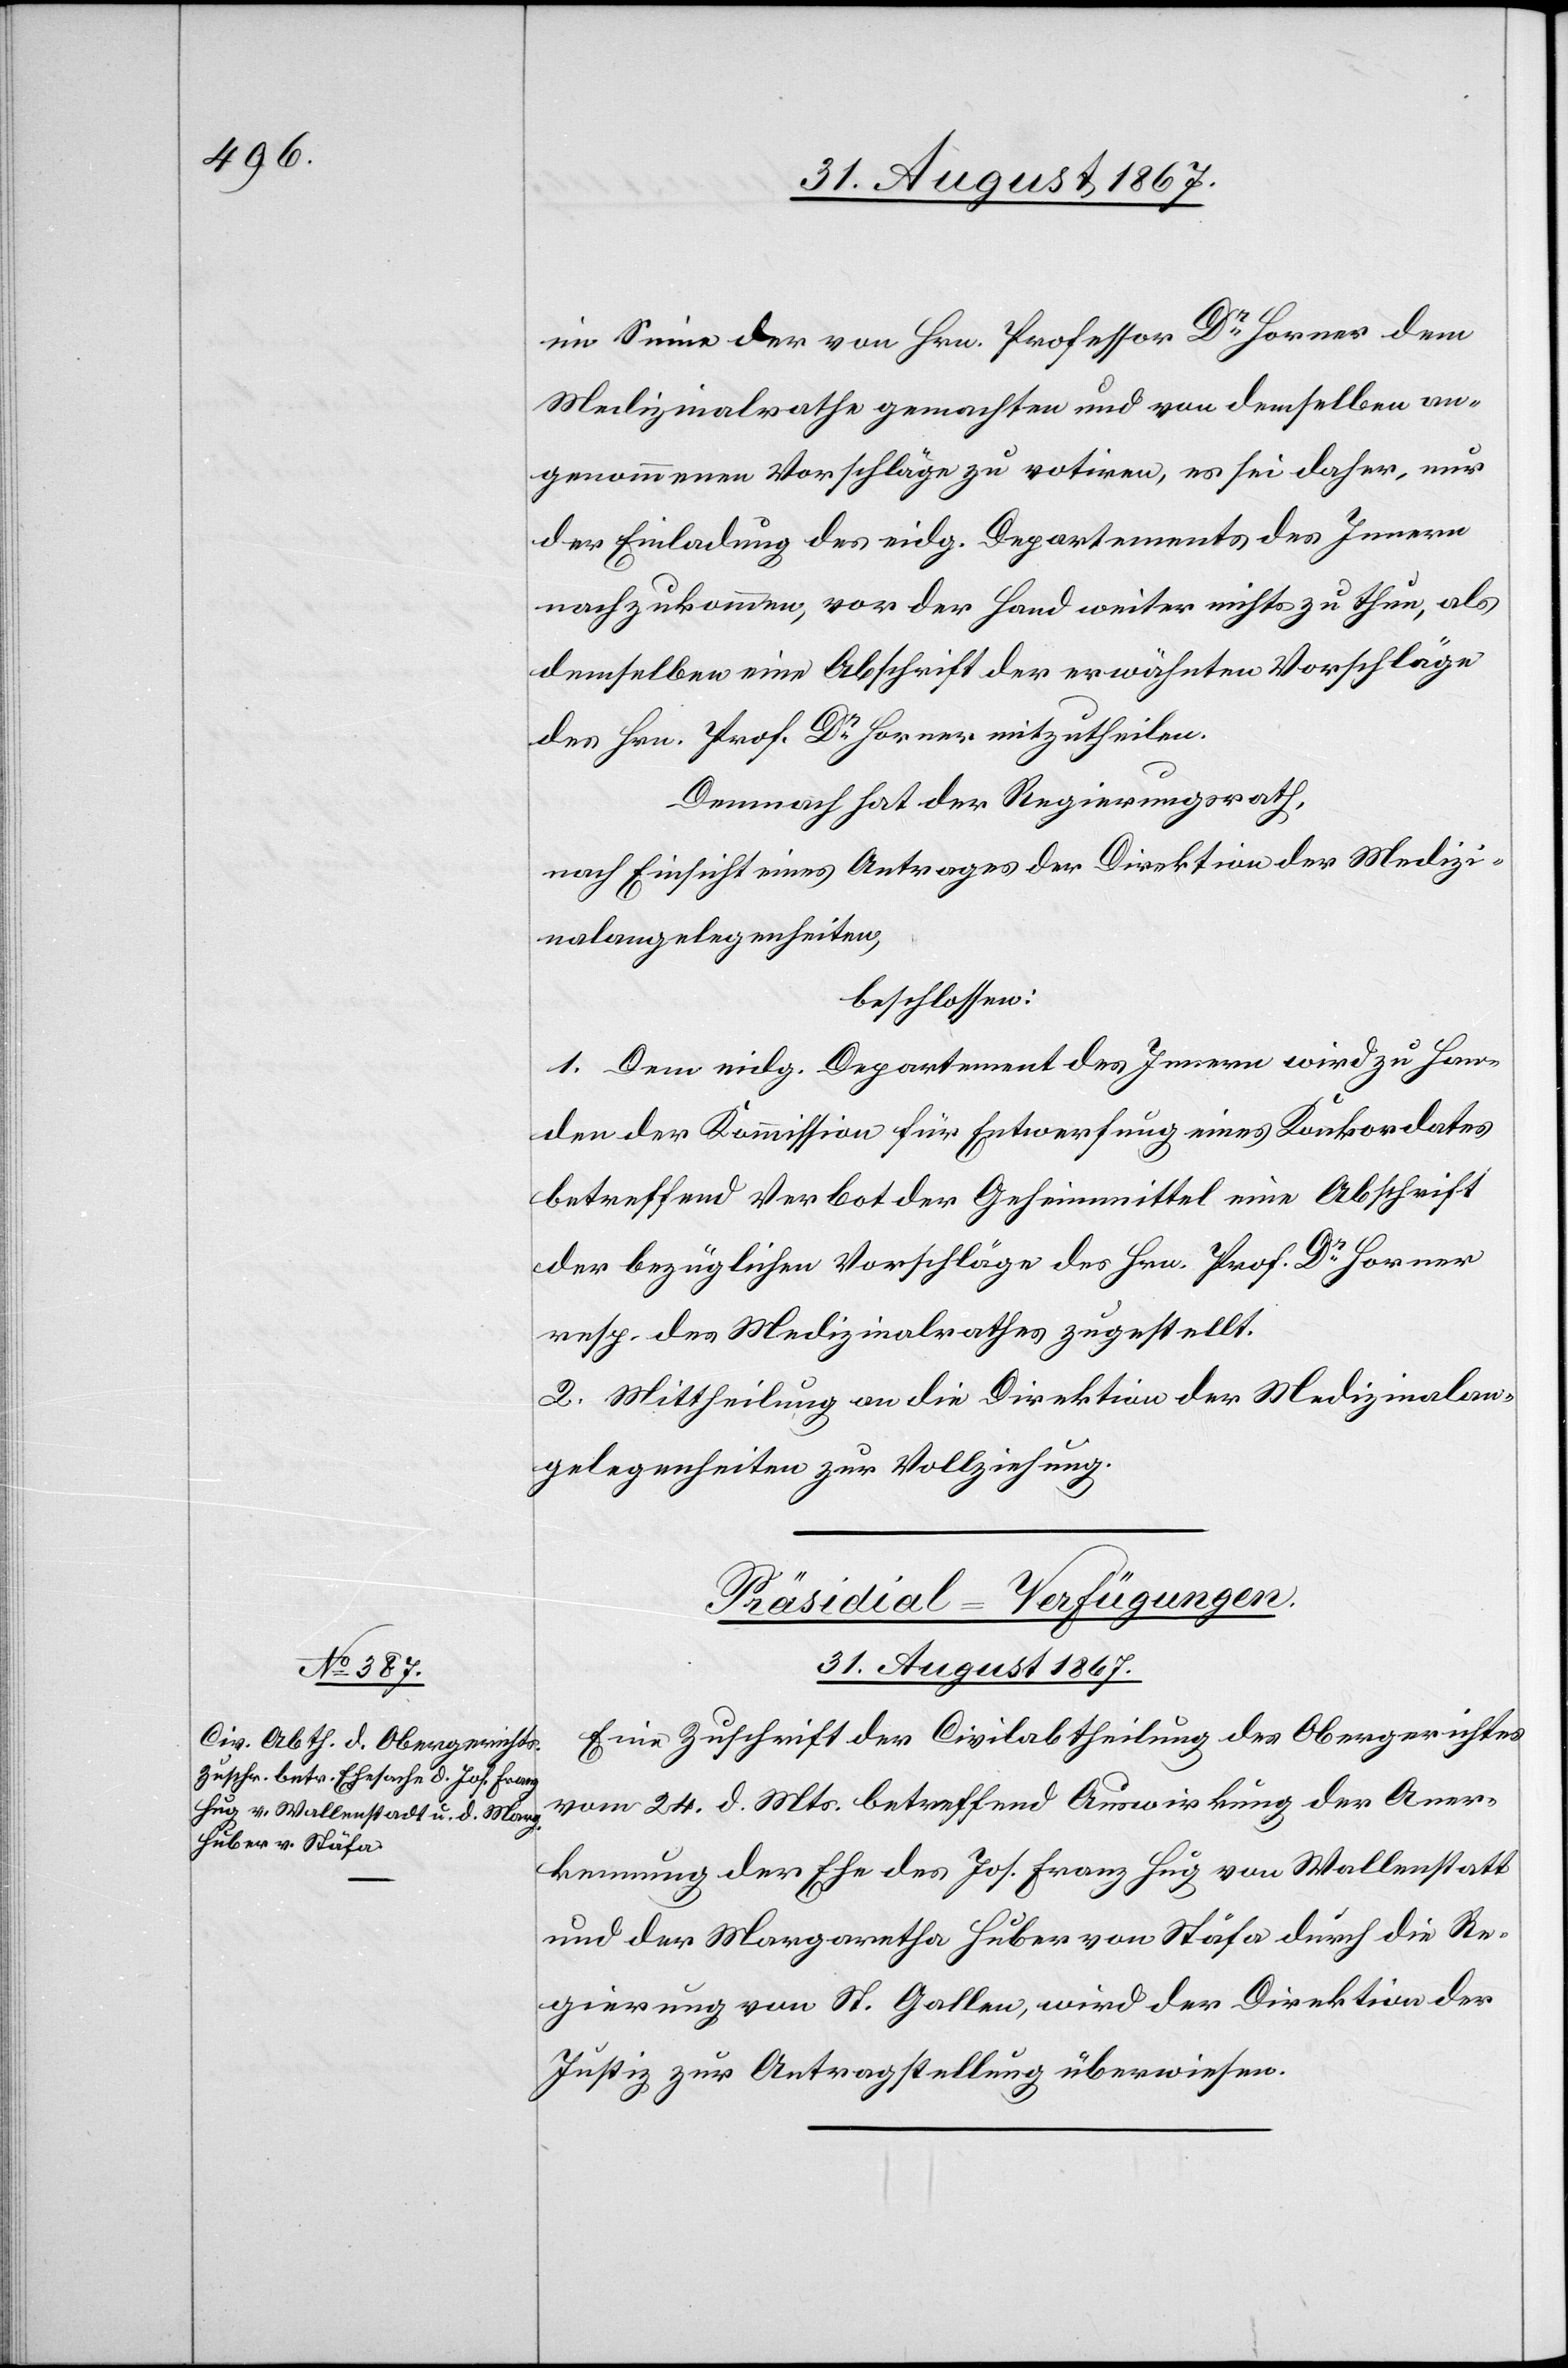
im Sinne der von Hrn. Professor Dr. Horner dem
Medizinalrathe gemachten und von demselben an¬
genommenen Vorschläge zu rotiren, es sei daher, nur
der Einladung des eidg. Departements des Innern
nachzukommen, vor der Hand weiter nichts zu thun, als
demselben eine Abschrift der erwähnten Vorschläge
des Hrn. Prof. Dr. Horner mitzutheilen.
Demnach hat der Regierungsrath,
nach Einsicht eines Antrages der Direktion der Medizi¬
nalangelegenheiten,
beschlossen:
1. Dem eidg. Departement des Innern wird zu Han¬
den der Kommission für Entwerfung eines Konkordates
betreffend Verbot der Geheimmittel eine Abschrift
der bezüglichen Vorschläge des Hrn. Prof. Dr. Horner
resp. des Medizinalrathes zugestellt.
2. Mittheilung an die Direktion der Medizinalan¬
gelegenheiten zur Vollziehung.
Präsidial-Verfügungen.
31. August 1867.
Eine Zuschrift der Civilabtheilung des Obergerichtes
vom 24. d. Mts. betreffend Auswirkung der Aner¬
kennung er Ehe des Jos. Franz Hug von Wallenstatt
und der Margaretha Huber von Stäfa durch die Re¬
gierung von St. Gallen, wird der Direktion der
Justiz zur Antragstellung überwiesen.